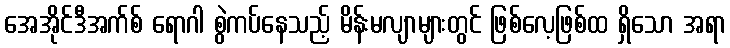
အေအိုင်ဒီအက်စ် ရောဂါ စွဲကပ်နေသည့် မိန်းမလျာများတွင် ဖြစ်လေ့ဖြစ်ထ ရှိသော အရာ